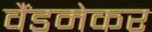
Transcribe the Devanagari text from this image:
वैंडमेकर